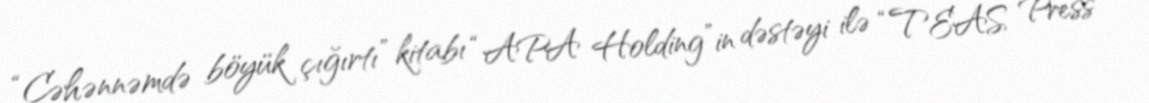
“Cəhənnəmdə böyük çığırtı” kitabı “APA Holding”in dəstəyi ilə “TEAS Press”